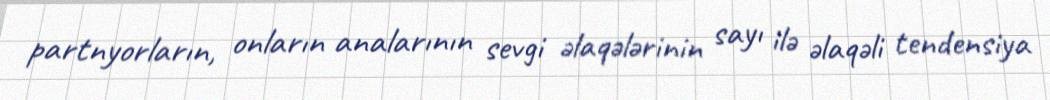
partnyorların, onların analarının sevgi əlaqələrinin sayı ilə əlaqəli tendensiya